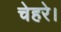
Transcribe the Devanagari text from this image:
चेहरे।